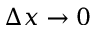
\Delta x \to 0